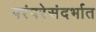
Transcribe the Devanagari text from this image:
परंपरेसंदर्भात